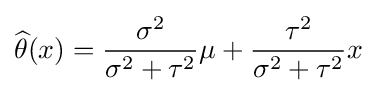
{\widehat {\theta }}(x)={\frac {\sigma ^{2}}{\sigma ^{2}+\tau ^{2}}}\mu +{\frac {\tau ^{2}}{\sigma ^{2}+\tau ^{2}}}x